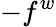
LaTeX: -f^{w}